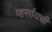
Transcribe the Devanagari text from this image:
व्हर्सायची